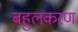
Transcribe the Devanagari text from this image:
बहुलकरण